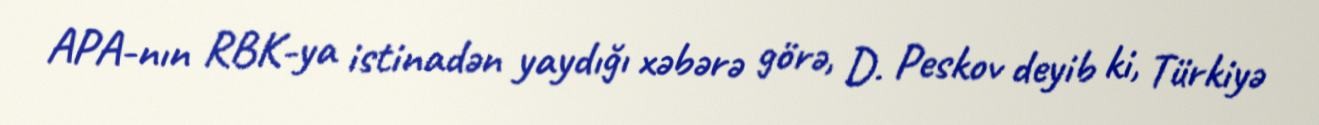
APA-nın RBK-ya istinadən yaydığı xəbərə görə, D. Peskov deyib ki, Türkiyə